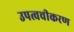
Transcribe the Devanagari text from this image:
उपत्वचीकरण